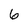
Character: 6